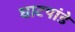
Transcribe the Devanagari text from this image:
घाटपांडे